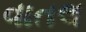
વાતલ